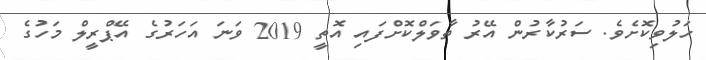
ހަލުވިކޮށެވެ. ސަރުކާރުން އޭރު ތާވަލްކޮށްފައި އޮތީ 2019 ވަނަ އަަހަރުގެ އޭޕްރީލް މަހުގެ